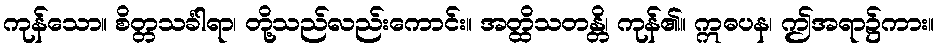
ကုန်သော။ စိတ္တသင်္ခါရာ၊ တို့သည်လည်းကောင်း။ အတ္ထိသတန္တိ၊ ကုန်၏။ ဣဓပန၊ ဤအရာ၌ကား။